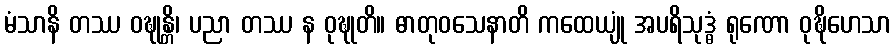
မံသာနိ တဿ ဝဍ္ဎုန္တိ၊ ပညာ တဿ န ဝုဍ္ဎုတိ။ ဓာတုဝသေနာတိ ကထေယျုံ အပရိသုဒ္ဓံ ရုဏော ဝုဍ္ဎိဟေသာ